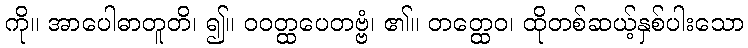
ကို။ အာပေါဓာတူတိ၊ ၍။ ဝဝတ္ထပေတဗ္ဗံ၊ ၏။ တတ္ထေဝ၊ ထိုတစ်ဆယ့်နှစ်ပါးသော